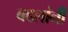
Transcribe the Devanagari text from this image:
बदलांनी